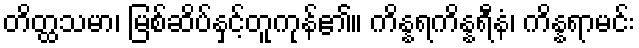
တိတ္ထသမာ၊ မြစ်ဆိပ်နှင့်တူကုန်၏။ ကိန္နရကိန္နရီနံ၊ ကိန္နရာမင်း